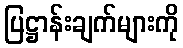
ပြဋ္ဌာန်းချက်များကို